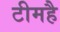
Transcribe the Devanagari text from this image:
टीमहै